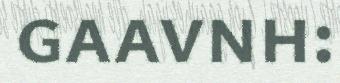
gaavnh: